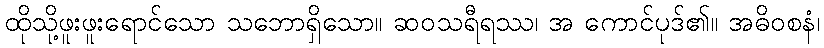
ထိုသို့ဖူးဖူးရောင်သော သဘောရှိသော။ ဆဝသရီရဿ၊ အ ကောင်ပုဒ်၏။ အဓိဝစနံ၊